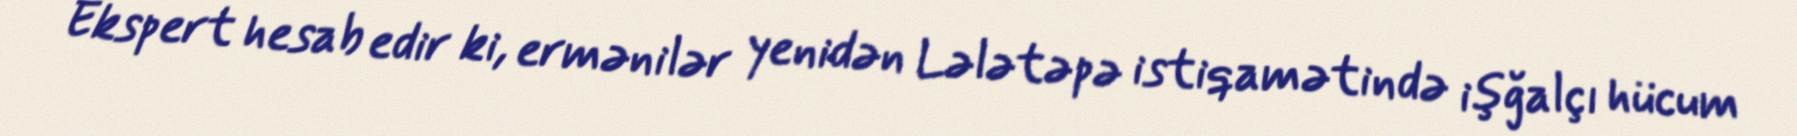
Ekspert hesab edir ki, ermənilər yenidən Lələtəpə istiqamətində işğalçı hücum